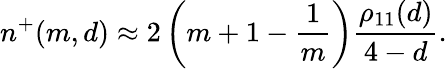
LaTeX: n^{+}(m,d)\approx 2\left(m+1-{\frac{1}{m}}\right){\frac{\rho_{11}(d)}{4-d}}.